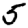
Digit: 5